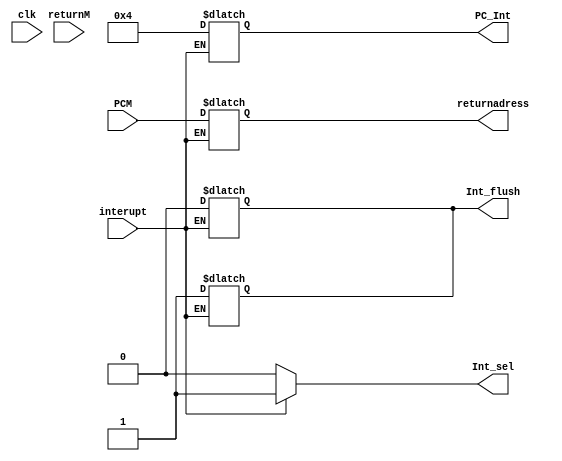
`timescale 1ns/1ns
module csr (
    input clk,
    input [0:31] PCM,
    input interupt,returnM,
    output reg Int_sel,Int_flush,
    output reg [0:31] PC_Int,returnadress
);
    //reg [31:0] returnadress;
    wire [31:0] handleradress;
    reg [31:0] save;
    always @(*)begin
        save[0] <= interupt;
    end
    assign handleradress = 32'd4;
    always@(*)begin
        if(interupt)begin
            Int_flush <= 1;
    end
    end
    always @(*) begin
        //if(returnM)begin
          //  PC_Int <= returnadress;
            //Int_sel <= 1;
        //end 
        if(save[0])begin
            PC_Int <= handleradress;
            returnadress <= PCM;
            Int_sel <= 1;
              
        end     
        else begin
            Int_sel <= 0;
            Int_flush <= 0;
        end    
    end 

    
    
endmodule